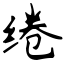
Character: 绻